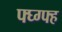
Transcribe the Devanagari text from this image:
फ्घ्ग्फ्ह